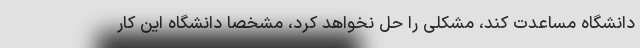
دانشگاه مساعدت کند، مشکلی را حل نخواهد کرد، مشخصا دانشگاه این کار